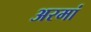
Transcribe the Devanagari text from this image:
अरमां